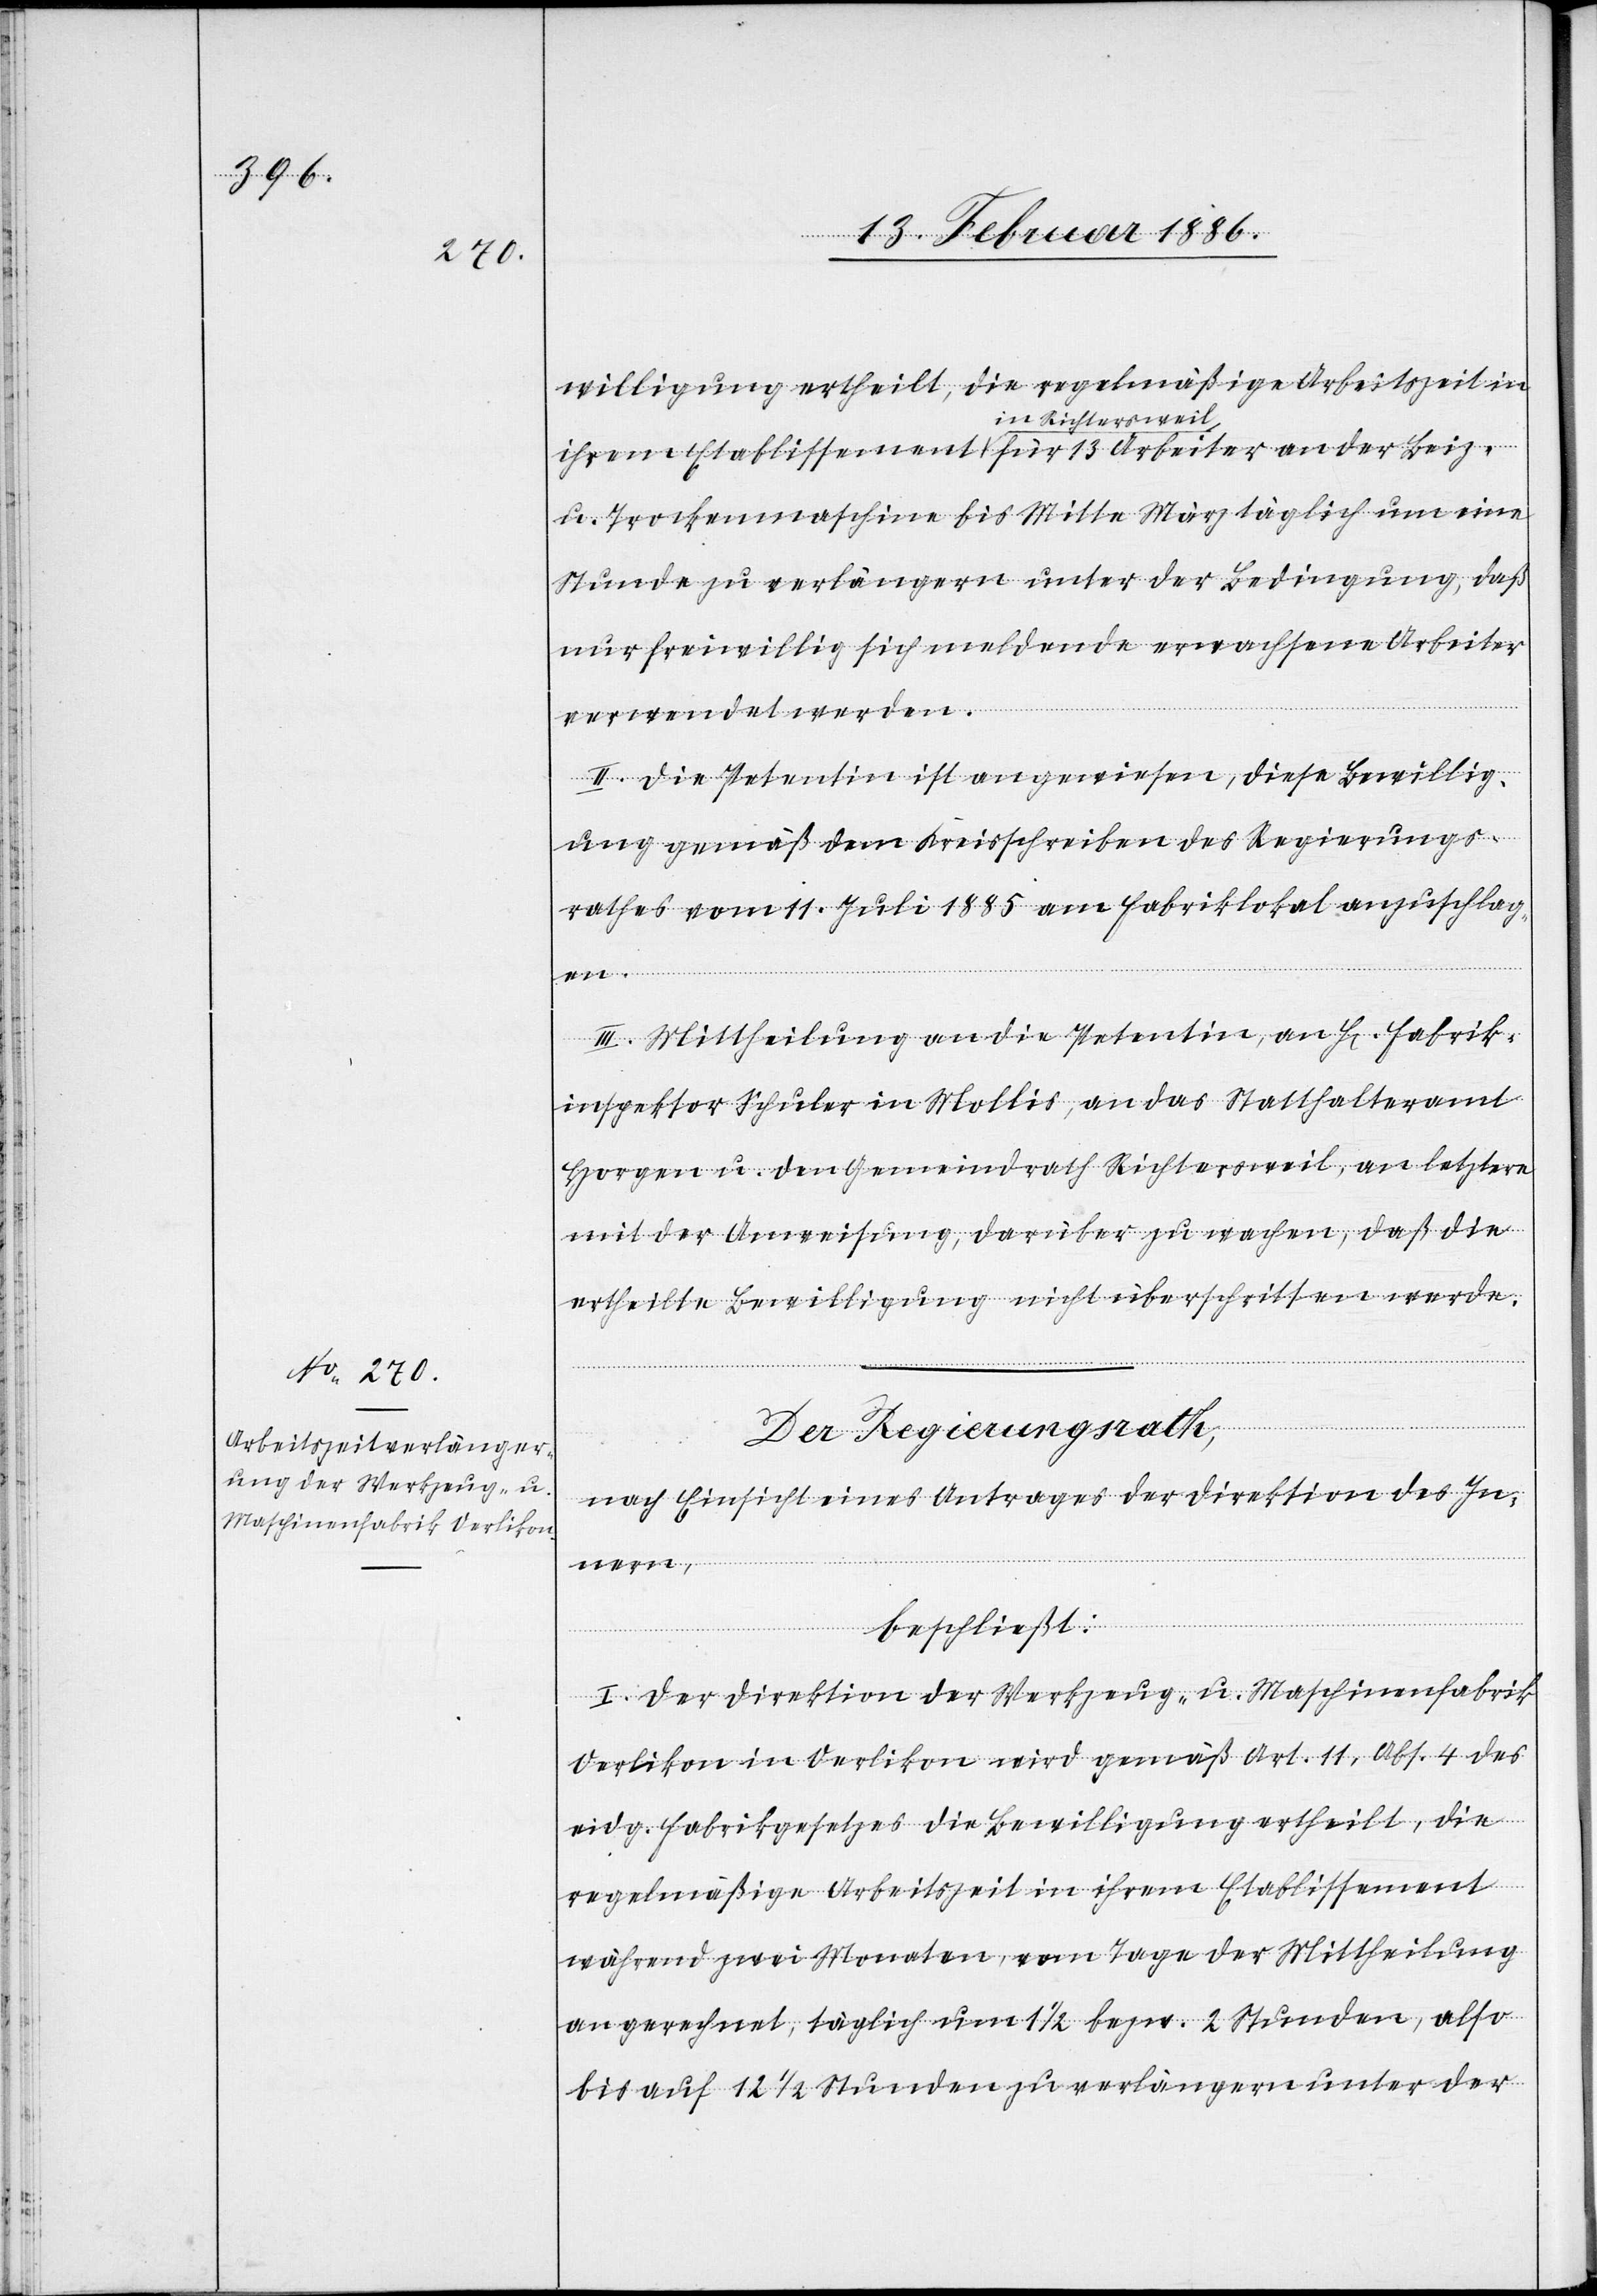
willigung ertheilt, die regelmäßige Arbeitszeit in
in Richtersweil
u. Trockenmaschine bis Mitte März täglich um eine
Stunde zu verlängern unter der Bedingung, daß
nur freiwillig sich meldende erwachsene Arbeiter
verwendet werden.
II. Die Petentin ist angewiesen, diese Bewillig¬
ung gemäß dem Kreisschreiben des Regierungs¬
rathes vom 1. Juli 1885 am Fabriklokal anzuschlag¬
13
III. Mittheilung an die Petentin, an Hr. Fabrik¬
inspektor Schuler in Mollis, an das Statthalteramt
Horgen u. den Gemeindrath Richtersweil, an letztern
mit der Anweisung, darüber zu wachen, daß die
ertheilte Bewilligung nicht überschritten werde.
Der Regierungsrath,
nach Einsicht eines Antrages der Direktion des In¬
Beiz-
nern,
en.
beschließt:
I. Der Direktion der Werkzeug- u. Maschinenfabrik
Oerlikon in Oerlikon wird gemäß Art. 11, Abs. 4 des
eidg. Fabrikgesetzes die Bewilligung ertheilt, die
regelmäßige Arbeitszeit in ihrem Etablissement
während zwei Monaten, vom Tage der Mittheilung
angerechnet, täglich um 1 1/2 bezw. 2 Stunden, also
bis auf 12 1/2 Stunden zu verlängern unter der